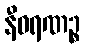
နီဝရဏဉ္စ